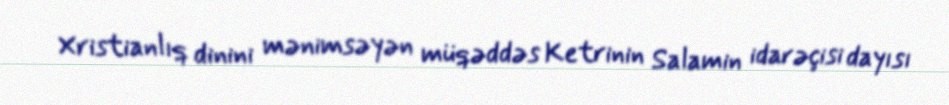
Xristianlıq dinini mənimsəyən müqəddəs Ketrinin Salamin idarəçisi dayısı